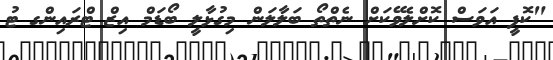
"ކޮފީ އަވަސް ކޮށްލެވޭކަށް ނެތްތޯ ބަލާލަން މިގުޅާލީ ބޯޑަމް އިޒް ޓްރައިންގ ޓު